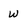
Character: W